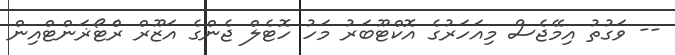
-- ވަގުތު އިމޭޖެސް މިއަހަރުގެ އޮކްޓޫބަރު މަހު ހޮޓެލް ޖެންގެ އަޒޫރް ރެްޓޯޜަންޓްއިން